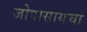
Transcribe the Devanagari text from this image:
जोपासायचा